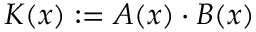
K ( x ) : = A ( x ) \cdot B ( x )